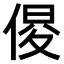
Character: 𠋍